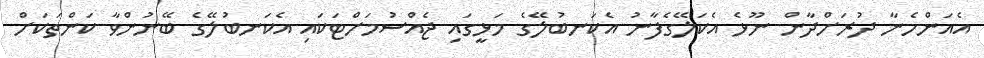
އެއަންހެނާ ދުރަށްދާން ނޫޅެ އެކަލޭގެފާނު އެކަނބުލޭގެ މަޅީގައި ޖެއްސުމަށްޓަކައި އެކަނބުލޭގެ ބޭނުންވާ ކަންތަކަށް